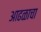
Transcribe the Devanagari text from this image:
आढळाचा